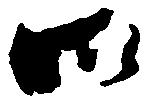
御